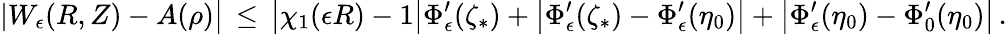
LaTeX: |W_{\epsilon}(R,Z)-A(\rho)\bigr|\, \le\, \bigl|\chi_{1}(\epsilon R)-1\bigr|\Phi_{\epsilon}^{\prime}(\zeta_{*})+\bigl|\Phi_{\epsilon}^{\prime}(\zeta_{*})-\Phi_{\epsilon}^{\prime}(\eta_{0})\bigr|+\bigl|\Phi_{\epsilon}^{\prime}(\eta_{0})-\Phi_{0}^{\prime}(\eta_{0})\bigr|\, .